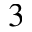
^ 3